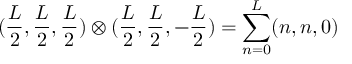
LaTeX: ( \frac { L } { 2 } , \frac { L } { 2 } , \frac { L } { 2 } ) \otimes ( \frac { L } { 2 } , \frac { L } { 2 } , - \frac { L } { 2 } ) = \sum _ { n = 0 } ^ { L } ( n , n , 0 )